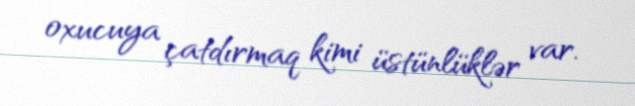
oxucuya çatdırmaq kimi üstünlüklər var.